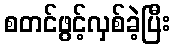
စတင်ဖွင့်လှစ်ခဲ့ပြီး